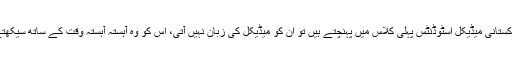
جب پاکستانی میڈیکل اسٹوڈنٹس پہلی کلاس میں پہنچتے ہیں تو ان کو میڈیکل کی زبان نہیں آتی، اس کو وہ آہستہ آہستہ وقت کے ساتھ سیکھتے ہیں۔